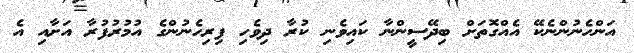
އަންހެނުންނެކޭ އެއްގޮތަށް ބިދޭސީންނާ ކައިވެނި ކުރާ ދިވެހި ފިރިހެނުންގެ އުމުރުފުރާ އަށާއި އެ